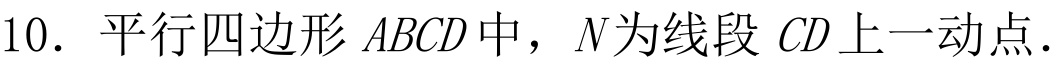
10. 平行四边形 \(ABCD\) 中，\(N\)为线段 \(CD\)上一动点.